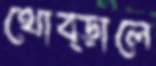
থোব্‌ড়ালে